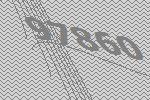
97860